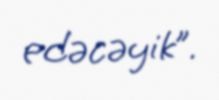
edəcəyik”.